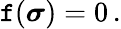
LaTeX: \mathtt{f}({\boldsymbol{\sigma}})=0\, .